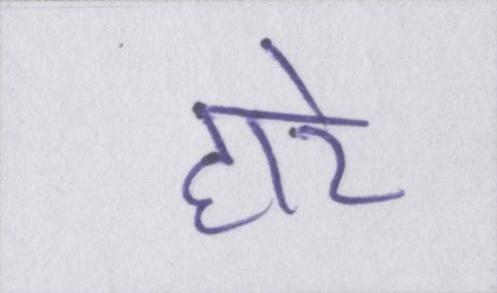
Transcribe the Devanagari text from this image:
हारे